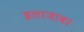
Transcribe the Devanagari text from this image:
इलाजावर